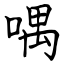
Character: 喁